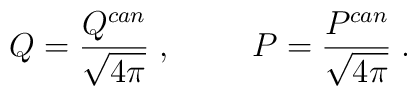
Q=\frac{Q^{can}}{\sqrt{4\pi}}\; ,\hspace{1cm}P=\frac{P^{can}}{\sqrt{4\pi}}\; .